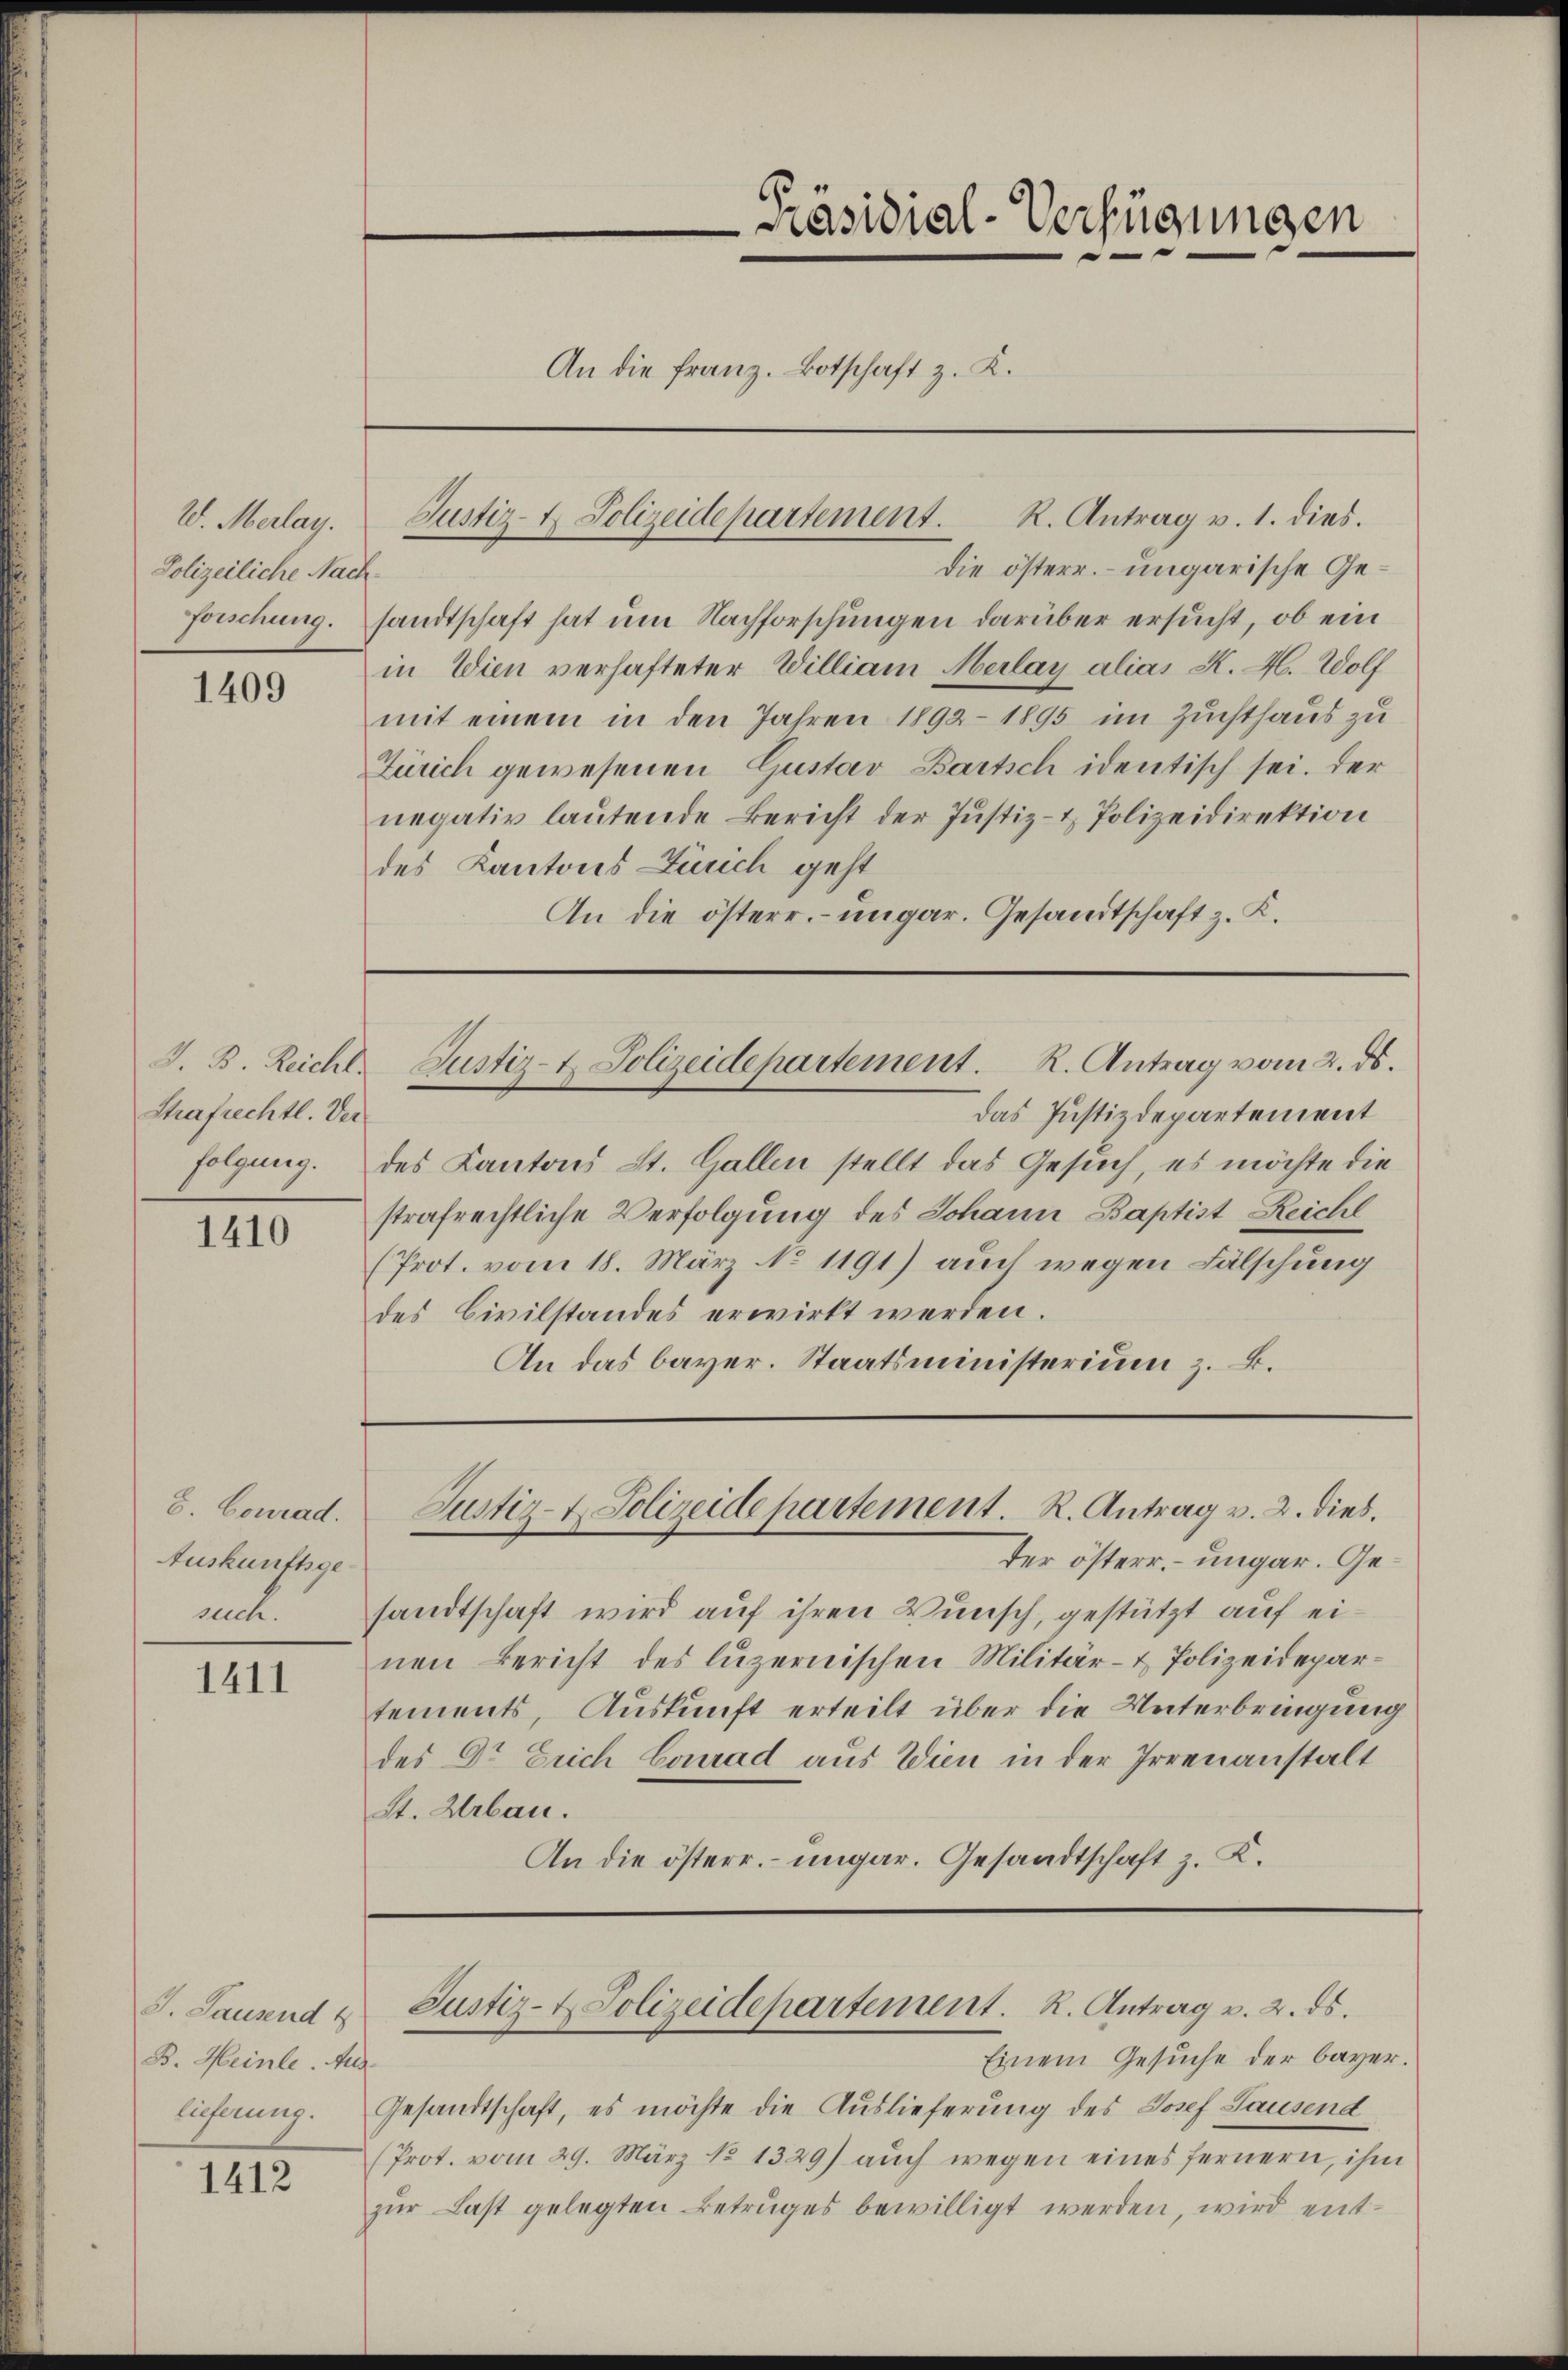
W. Merlay.
Polizeiliche Nach¬

1409

J. B. Reicht.
Strafrechtl. Ver

1410

S. Conrad.
Auskunftsge¬

1411

1412

J. Lausend t
B. Heinle. Aug.
lieferung.

die österr. – ungarische Ge¬
Forschung. sandtschaft hat um Nachforschungen darüber ersucht, ob ein
in Wien verhafteter William Merlay alias K. H. Wolf
mit einem in den Jahren 1892 - 1895 im Zuchthaus zu
Zürich gewesenen Gustav Bartsch identisch sei. Der
negativ lautende Bericht der Justiz- & Polizeidirektion
des Kantons Zürich geht
An die österr.- ungar. Gesandtschaft z. K.

Präsidial-Verfügungen
An die Franz. Botschaft z. K.

Justiz- & Polizeidepartement. R. Antrag v. 1. dies.

das Justizdepartement
folgung. des Kantons St. Gallen stellt das Gesuch, es möchte die
strafrechtliche Verfolgung des Johann Baptist Reicht
(Prot. vom 18. März No 1191) auch wegen Fälschung
des Civilstandes erwirkt werden.
An das bayer. Staatsministerium z. B.

Justiz-t. Polizeidepartement. R. Antrag vom 2. ds.

Justiz- & Polizeidepartement. R. Antrag v. 2. dies

der österr. ungar. Gesuch. sandtschaft wird auf ihren Wunsch, gestützt auf ei-
nen Bericht des luzernischen Militär- & Polizeidepartements, Auskunft erteilt über die Unterbringung
des Dr Erich Conrad aus Wien in der Irrenanstalt
St. Urbau.
An die österr. ungar. Gesandtschaft z. K.

Justiz- & Polizeidepartement. R. Antrag v. 2. ds.
Einem Gesŭche der bayer.

Gesandtschaft, es möchte die Auslieferung des Josef Sausend
(Prot. vom 29. März No 1329) aŭch wegen eines fernern, ihm
zur Last gelegten Betruges bewilligt werden, wird ent¬